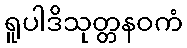
ရူပါဒိသုတ္တနဝကံ